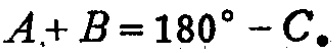
$A + B = 180^{\circ}-C.$